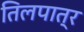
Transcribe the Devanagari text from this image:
तिलपात्र